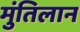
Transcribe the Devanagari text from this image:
मुंतिलान